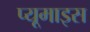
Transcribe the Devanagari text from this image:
प्यूमाइस